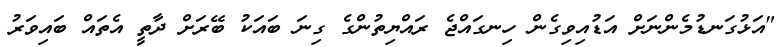
"އަޅުގަނޑުމެންނަށް އަޑުއިވިގެން ހިނގައްޖެ ރައްޔިތުންގެ ގިނަ ބައަކު ބޭރަށް ދާތީ އެތައް ބައިވަރު